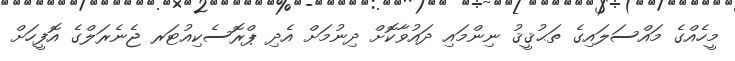
މީހެއްގެ މައްސަލައިގެ ތަޙުޤީޤު ނިންމައި ދައުވާކޮށް ދިނުމަށް އެދި ޕްރޮސެކިއުޓަރ ޖެނެރަލްގެ އޮފީހަށް